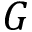
G